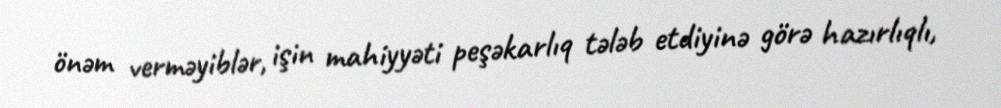
önəm verməyiblər, işin mahiyyəti peşəkarlıq tələb etdiyinə görə hazırlıqlı,